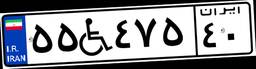
۵۵W۴۷۵۴۰